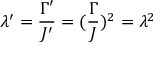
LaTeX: \lambda ^ { \prime } = \frac { \Gamma ^ { \prime } } { J ^ { \prime } } = ( \frac { \Gamma } { J } ) ^ { 2 } = \lambda ^ { 2 }